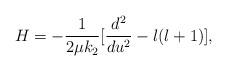
LaTeX: \begin{align*}H=-\frac{1}{2\mu k_2}[\frac{d^2}{du^2}-l(l+1)],\end{align*}